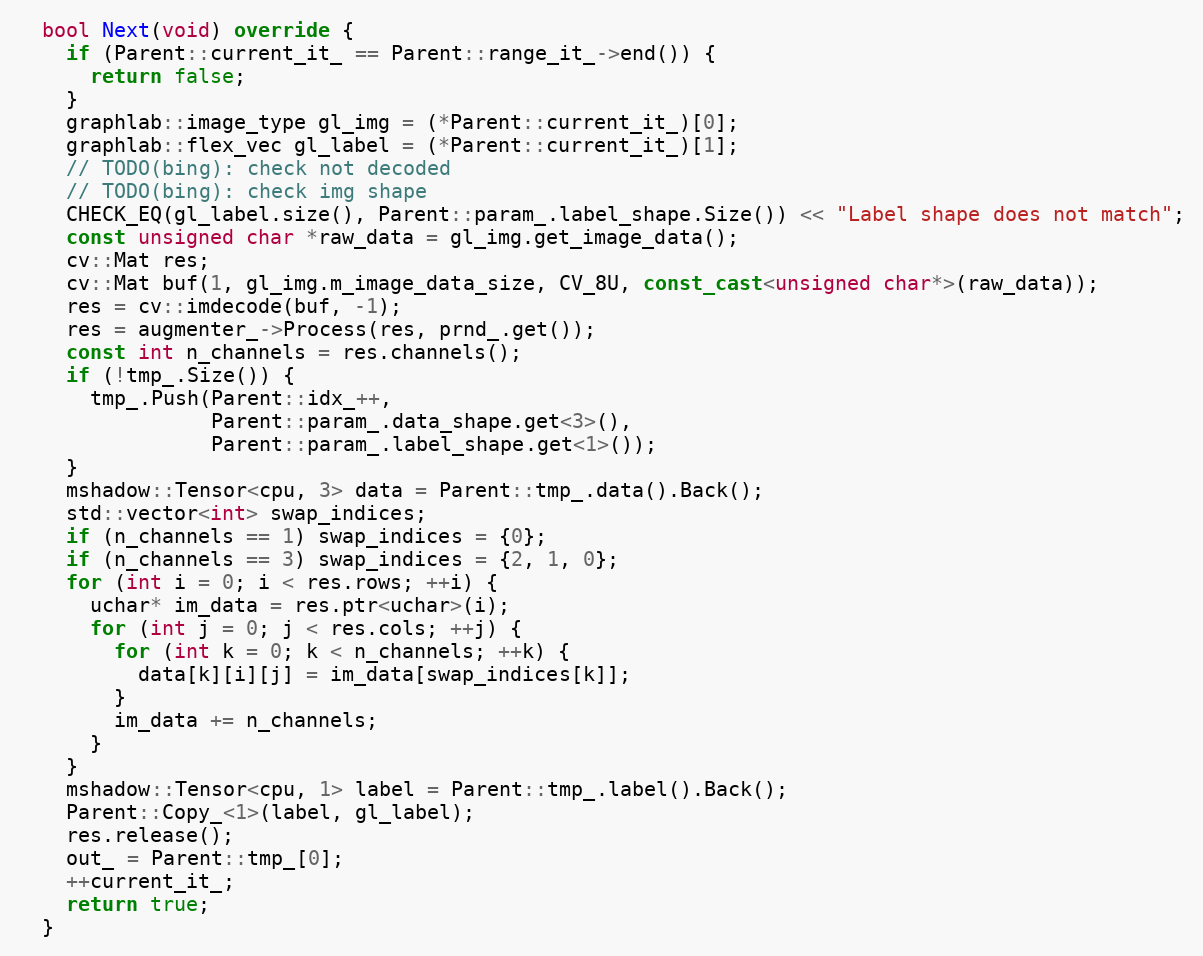
Language: C++
  bool Next(void) override {
    if (Parent::current_it_ == Parent::range_it_->end()) {
      return false;
    }
    graphlab::image_type gl_img = (*Parent::current_it_)[0];
    graphlab::flex_vec gl_label = (*Parent::current_it_)[1];
    // TODO(bing): check not decoded
    // TODO(bing): check img shape
    CHECK_EQ(gl_label.size(), Parent::param_.label_shape.Size()) << "Label shape does not match";
    const unsigned char *raw_data = gl_img.get_image_data();
    cv::Mat res;
    cv::Mat buf(1, gl_img.m_image_data_size, CV_8U, const_cast<unsigned char*>(raw_data));
    res = cv::imdecode(buf, -1);
    res = augmenter_->Process(res, prnd_.get());
    const int n_channels = res.channels();
    if (!tmp_.Size()) {
      tmp_.Push(Parent::idx_++,
                Parent::param_.data_shape.get<3>(),
                Parent::param_.label_shape.get<1>());
    }
    mshadow::Tensor<cpu, 3> data = Parent::tmp_.data().Back();
    std::vector<int> swap_indices;
    if (n_channels == 1) swap_indices = {0};
    if (n_channels == 3) swap_indices = {2, 1, 0};
    for (int i = 0; i < res.rows; ++i) {
      uchar* im_data = res.ptr<uchar>(i);
      for (int j = 0; j < res.cols; ++j) {
        for (int k = 0; k < n_channels; ++k) {
          data[k][i][j] = im_data[swap_indices[k]];
        }
        im_data += n_channels;
      }
    }
    mshadow::Tensor<cpu, 1> label = Parent::tmp_.label().Back();
    Parent::Copy_<1>(label, gl_label);
    res.release();
    out_ = Parent::tmp_[0];
    ++current_it_;
    return true;
  }